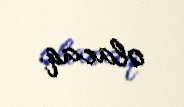
olacaq.